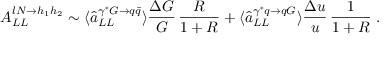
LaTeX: A _ { L L } ^ { l N \rightarrow h _ { 1 } h _ { 2 } } \sim \langle \hat { a } _ { L L } ^ { \gamma ^ { \ast } G \rightarrow q \bar { q } } \rangle \frac { \Delta G } { G } \, \frac { R } { 1 + R } + \langle \hat { a } _ { L L } ^ { \gamma ^ { \ast } q \rightarrow q G } \rangle \frac { \Delta u } { u } \, \frac { 1 } { 1 + R } \; .